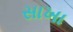
સાખા